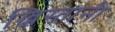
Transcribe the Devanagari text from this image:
ख्रिस्तानी